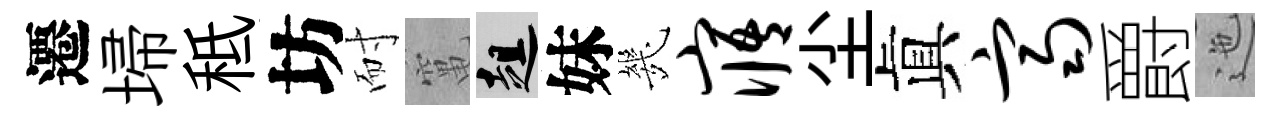
遷埽秪坊耐𥧄趄妹㡬寤尘眞齐爵迤